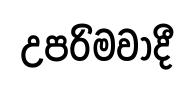
උපරිමවාදී